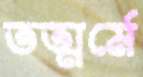
তত্মর্মে